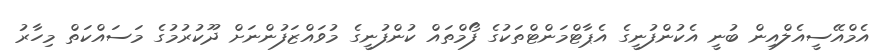
އެމްއޭސީއެލްއިން ބުނީ އެކުންފުނީގެ އެޕާޓްމަންޓްތަކުގެ ފޯމްތައް ކުންފުނީގެ މުވައްޒަފުންނަށް ދޫކުރުމުގެ މަސައްކަތް މިހާރު